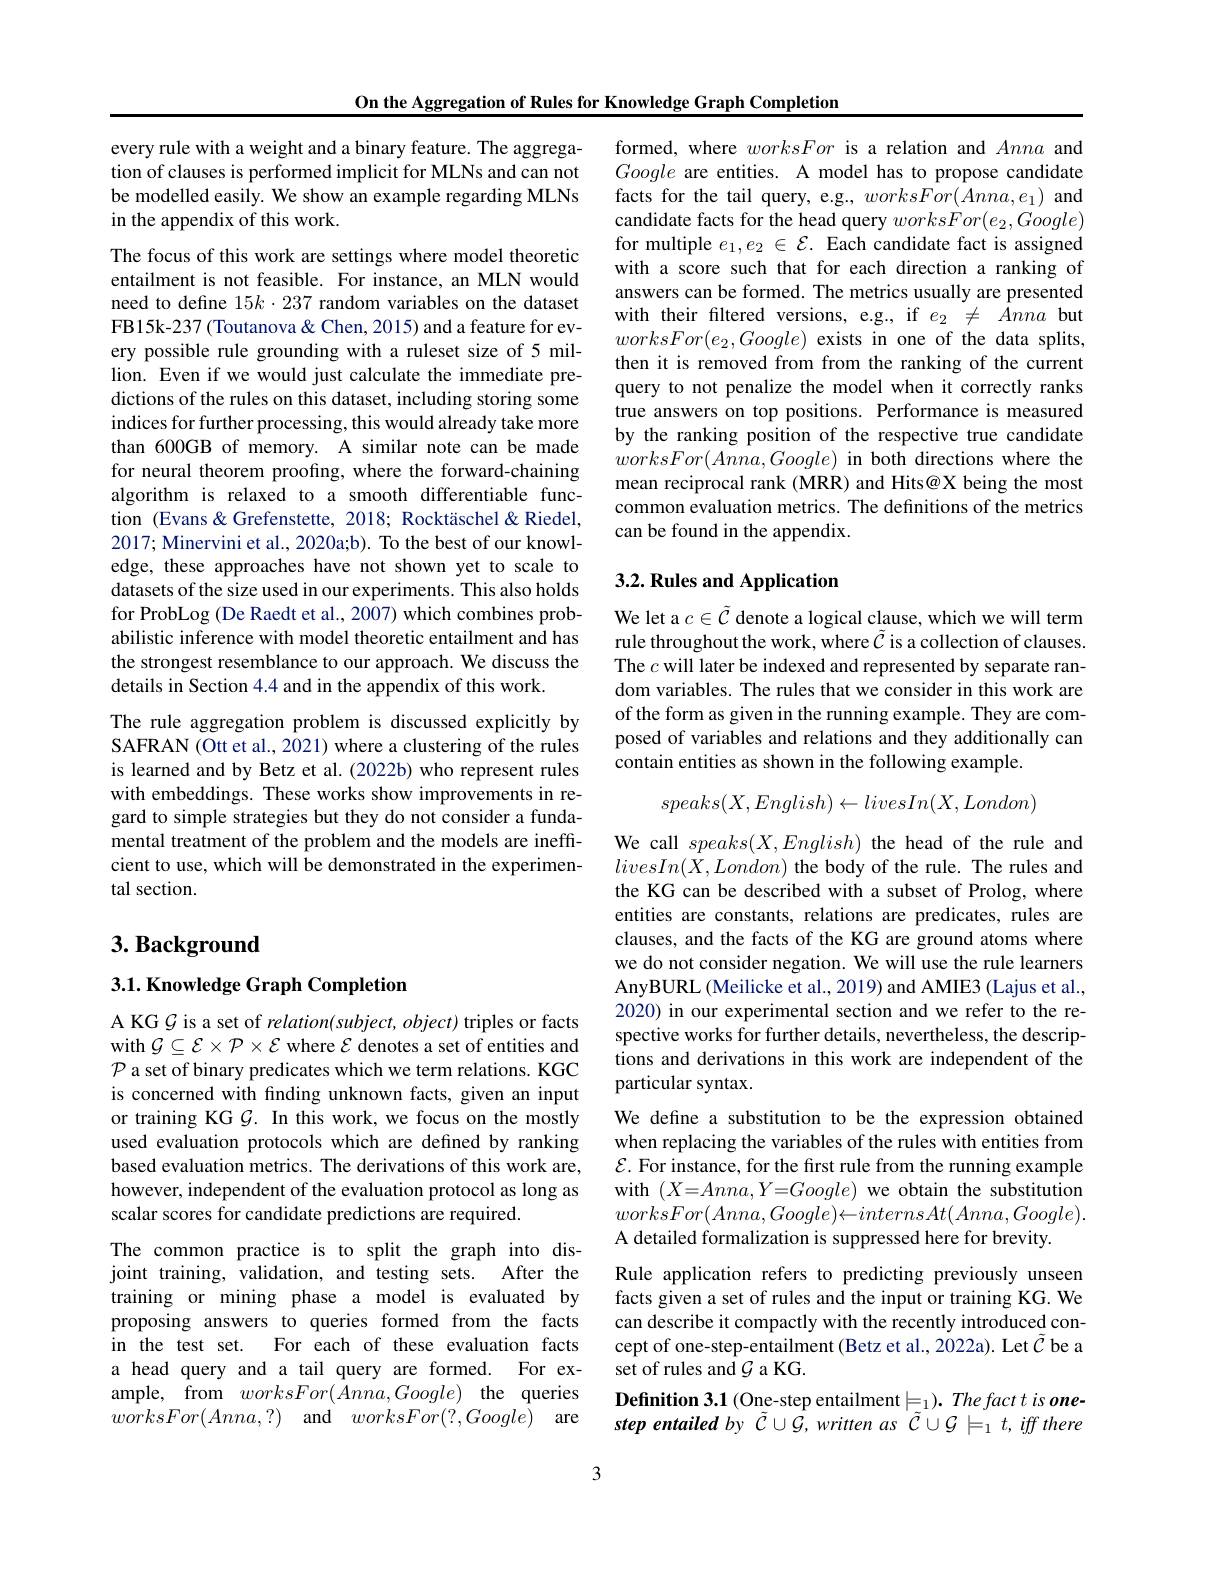
On the Aggregation of Rules for Knowledge Graph Completion

every rule with a weight and a binary feature. The aggregation of clauses is performed implicit for MLNs and can not be modelled easily. We show an example regarding MLNs in the appendix of this work.

The focus of this work are settings where model theoretic entailment is not feasible. For instance, an MLN would need to define $15k\cdot237$ random variables on the dataset FB15k-237 (Toutanova& Chen, 2015) and a feature for every possible rule grounding with a ruleset size of 5 million. Even if we would just calculate the immediate predictions of the rules on this dataset, including storing some indices for further processing, this would already take more than 600GB of memory. A similar note can be made for neural theorem proofing, where the forward-chaining algorithm is relaxed to a smooth differentiable function (Evans&Grefenstette, 2018; Rocktäschel&Riedel, 2017; Minervini et al., 2020a;b). To the best of our knowledge, these approaches have not shown yet to scale to datasets of the size used in our experiments. This also holds for ProbLog (De Raedt et al., 2007) which combines probabilistic inference with model theoretic entailment and has the strongest resemblance to our approach. We discuss the details in Section 4.4 and in the appendix of this work.

The rule aggregation problem is discussed explicitly by SAFRAN (Ott et al., 2021) where a clustering of the rules is learned and by Betz et al. (2022b) who represent rules with embeddings. These works show improvements in regard to simple strategies but they do not consider a fundamental treatment of the problem and the models are ineffcient to use, which will be demonstrated in the experimental section.

## $3. \textbf{Background}$

$3. 1. \textbf{Knowledge Graph Completion}$

A KG $\mathcal{G}$ is a set of relation(subject, object) triples or facts with $\mathcal{G}\subseteq\mathcal{E}\times\mathcal{P}\times\mathcal{E}$ where $\mathcal{E}$ denotes a set of entities and $\mathcal{P}$ a set of binary predicates which we term relations. KGC is concerned with finding unknown facts, given an input or training KG $\mathcal{G}.$ In this work, we focus on the mostly used evaluation protocols which are defined by ranking based evaluation metrics. The derivations of this work are, however, independent of the evaluation protocol as long as scalar scores for candidate predictions are required

The common practice is to split the graph into disjoint training, validation, and testing sets. After the training or mining phase a model is evaluated by proposing answers to queries formed from the facts in the test set. For each of these evaluation facts a head query and a tail query are formed. For example, from $worksFor(Anna,Google)$ the queries $worksFor( Anna, ? )$ and $worksFor( ? , Google)$ are

formed, where worksFor is a relation and Anna and Google are entities. A model has to propose candidate facts for the tail query, e.g., worksFor(Anna,e{}) and candidate facts for the head query $worksFor(e_2,Google)$ for multiple $e_1,e_2\in\mathcal{E}.$ Each candidate fact is assigned with a score such that for each direction a ranking of answers can be formed. The metrics usually are presented with their fltered versions, e.g., if $e_2\neq Anna$ but $worksFor(e_{2},Google)$ exists in one of the data splits, then it is removed from from the ranking of the current query to not penalize the model when it correctly ranks true answers on top positions. Performance is measured by the ranking position of the respective true candidate $worksFor(Anna,Google)$ in both directions where the mean reciprocal rank (MRR) and Hits@X being the most common evaluation metrics. The definitions of the metrics can be found in the appendix.

## 3.2. Rules and Application

We let a $c\in\tilde{\mathcal{C}}$ denote a logical clause, which we will term rule throughout the work, where $\tilde{C}$ is a collection of clauses. The $c$ will later be indexed and represented by separate random variables. The rules that we consider in this work are of the form as given in the running example. They are composed of variables and relations and they additionally can contain entities as shown in the following example.
$$speaks(X,English)\leftarrow livesIn(X,London)$$
We call $speaks(X,English)$ the head of the rule and $livesIn(X,London)$ the body of the rule. The rules and the KG can be described with a subset of Prolog, where entities are constants, relations are predicates, rules are clauses, and the facts of the KG are ground atoms where we do not consider negation. We will use the rule learners AnyBURL (Meilicke et al., 2019) and AMIE3 (Lajus et al., 2020) in our experimental section and we refer to the respective works for further details, nevertheless, the descriptions and derivations in this work are independent of the particular syntax.
We define a substitution to be the expression obtained when replacing the variables of the rules with entities from $\mathcal{E}.$ For instance, for the frst rule from the running example with $(X=Anna,Y=Google)$ we obtain the substitution $worksFor(Anna,Google)\leftarrow internsAt(Anna,Google).$ A detailed formalization is suppressed here for brevity.
Rule application refers to predicting previously unseen facts given a set of rules and the input or training KG. We can describe it compactly with the recently introduced concept of one-step-entailment (Betz et al., 2022a). Let $\tilde{C}$ be a set of rules and $\mathcal{G}$ a KG.
Definition 3.1 (One-step entailment$\models _{\tilde{z} }) . \textit{Thefacttis one- }$ step entailed by $\tilde{\mathcal{C}}\cup\hat{\mathcal{G}},written$ as $\tilde{\mathcal{C}}\cup\mathcal{G}\models_1t,iffthere$

3